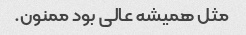
مثل همیشه عالی بود ممنون.